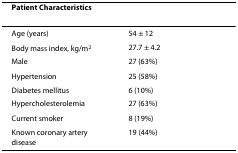
| Patient Characteristics |  |
 | --- | --- |
 | Age (years) | 54 ± 12 |
 | Body mass index, kg/m2 | 27.7 ± 4.2 |
 | Male | 27 (63%) |
 | Hypertension | 25 (58%) |
 | Diabetes mellitus | 6 (10%) |
 | Hypercholesterolemia | 27 (63%) |
 | Current smoker | 8 (19%) |
 | Known coronary artery disease | 19 (44%) |